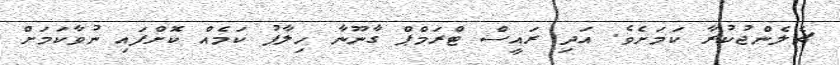
ޗެލެންޖުކުރާ ކަމަށެވެ. އަދި ރައީސް ޓްރަމްޕް ގާނޫނާ ހިލާފު ކަމެއް ކޮށްފައި ނުވާކަމަށް